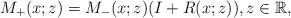
LaTeX: \begin{align*}M_+(x;z)= M_-(x;z)(I+R(x;z) ),z \in \mathbb{R},\end{align*}